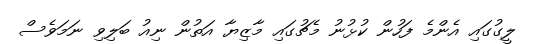
ލީގުގައި އެންމެ ފަހުން ކުޅުނު މެޗުގައި މާޒިޔާ އަތުން ނިއު ބަލިވި ނަމަވެސް